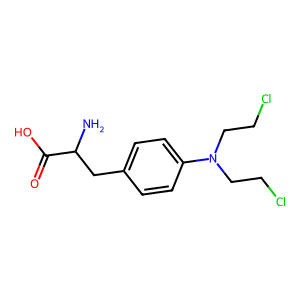
SMILES: NC(Cc1ccc(N(CCCl)CCCl)cc1)C(=O)O
Inhibits HIV replication: No